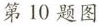
第10题图